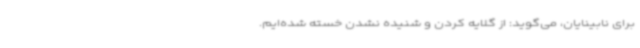
برای نابینایان، می‌گوید: از گلایه کردن و شنیده نشدن خسته شده‌ایم.